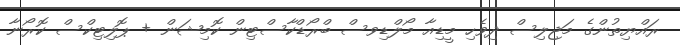
ރައްޔިތުންގެ މަޖިލިސް ދިވެހި މީޑިއާ މޯލްޑިވސް ބްރޯޑްކާސްޓިން ކޮމިޝަން + ޕޮލިޓިކްސް ކޮރޯނާ